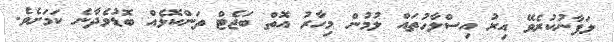
ލަފާނުކުރެވޭ އިރު އިސްލާހުތައް ލުމުން މިހާރު އޮތް ބަޖެޓް ތަންކޮޅެއް ބޮޑުވެދާނެ ކަމަށެވެ.